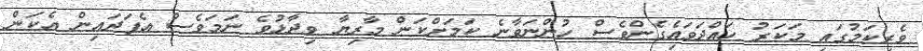
ވެރިކަމުގައި މަކަރު ހައްދަވައިެގެންވެސް ހުންނަވާނެ ކަމަށްކަން މާރިޔާ ވިދާޅުވެ ނަމަވެސް އެފަދައިން އެކަން